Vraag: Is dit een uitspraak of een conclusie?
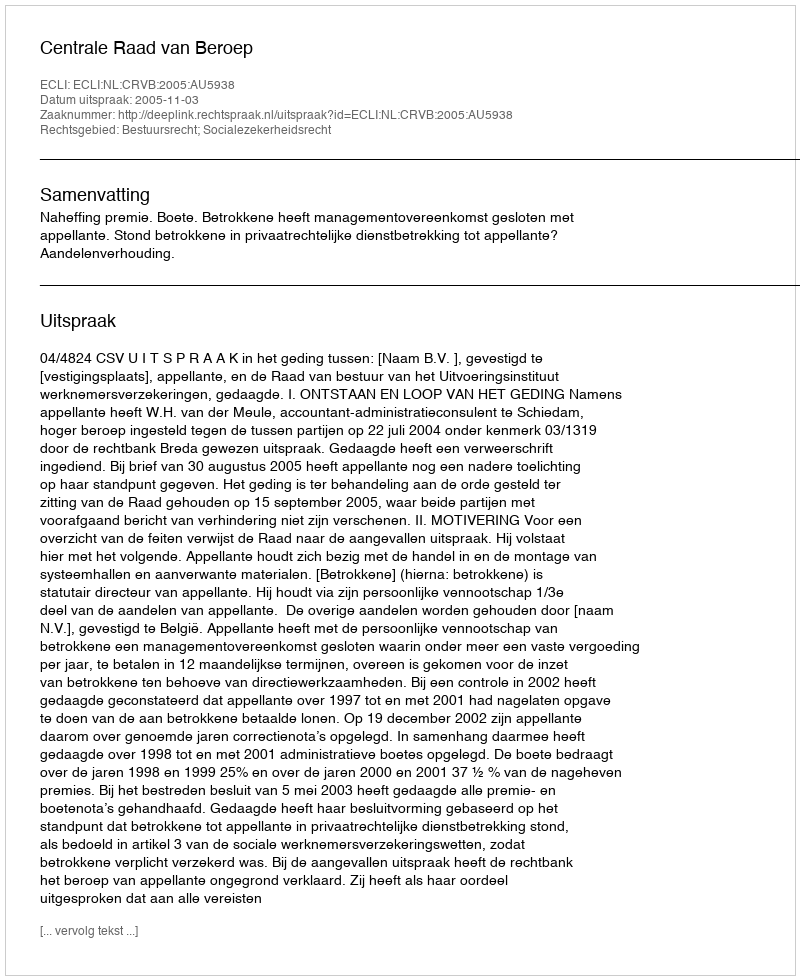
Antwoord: Uitspraak